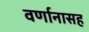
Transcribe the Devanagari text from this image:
वर्णानासह